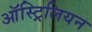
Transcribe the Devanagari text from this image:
ऑस्ट्रिलियन